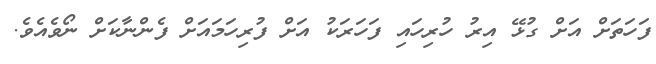
ފަހަތަށް އަށް ގުޅޭ އިރު ހުރިހައި ފަހަރަކު އަށް ފުރިހަމައަށް ފެންނާކަށް ނޯވެއެވެ.